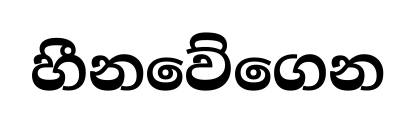
හීනවේගෙන